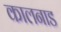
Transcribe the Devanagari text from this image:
कालनाड